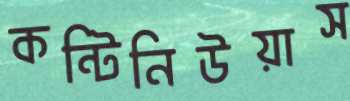
কন্টিনিউয়াস